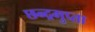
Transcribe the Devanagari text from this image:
छन्द्रगुप्ता